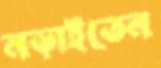
নড়াইতেন